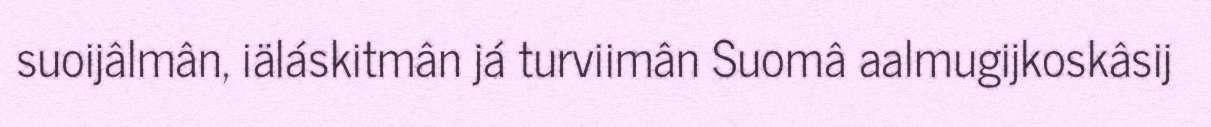
suoijâlmân, iäláskitmân já turviimân Suomâ aalmugijkoskâsij